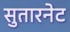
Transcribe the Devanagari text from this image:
सुतारनेट